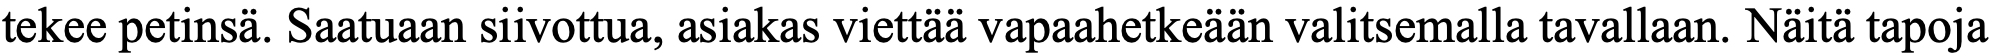
tekee petinsä. Saatuaan siivottua, asiakas viettää vapaahetkeään valitsemalla tavallaan. Näitä tapoja